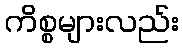
ကိစ္စများလည်း